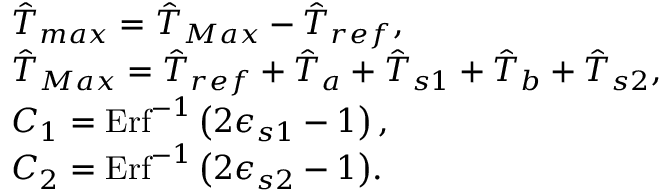
\begin{array} { r l } & { \hat { T } _ { m a x } = \hat { T } _ { M a x } - \hat { T } _ { r e f } , } \\ & { \hat { T } _ { M a x } = \hat { T } _ { r e f } + \hat { T } _ { a } + \hat { T } _ { s 1 } + \hat { T } _ { b } + \hat { T } _ { s 2 } , } \\ & { { C _ { 1 } = \mathrm { E r f } ^ { - 1 } \left( 2 \epsilon _ { s 1 } - 1 \right) , } } \\ & { { C _ { 2 } = \mathrm { E r f } ^ { - 1 } \left( 2 \epsilon _ { s 2 } - 1 \right) } . } \end{array}